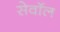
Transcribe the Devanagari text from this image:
सेवॉल